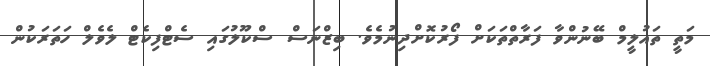
މަތީ ތައުލީމް ބޭނުންވާ ފަރާތްތަކަށް ފޯރުކޮށްދިނުމެވެ. ބިޒްނަސް ސްކޫލުގައި ސެޓްފިކެޓް ލެވެލް ހަތަރަކުން